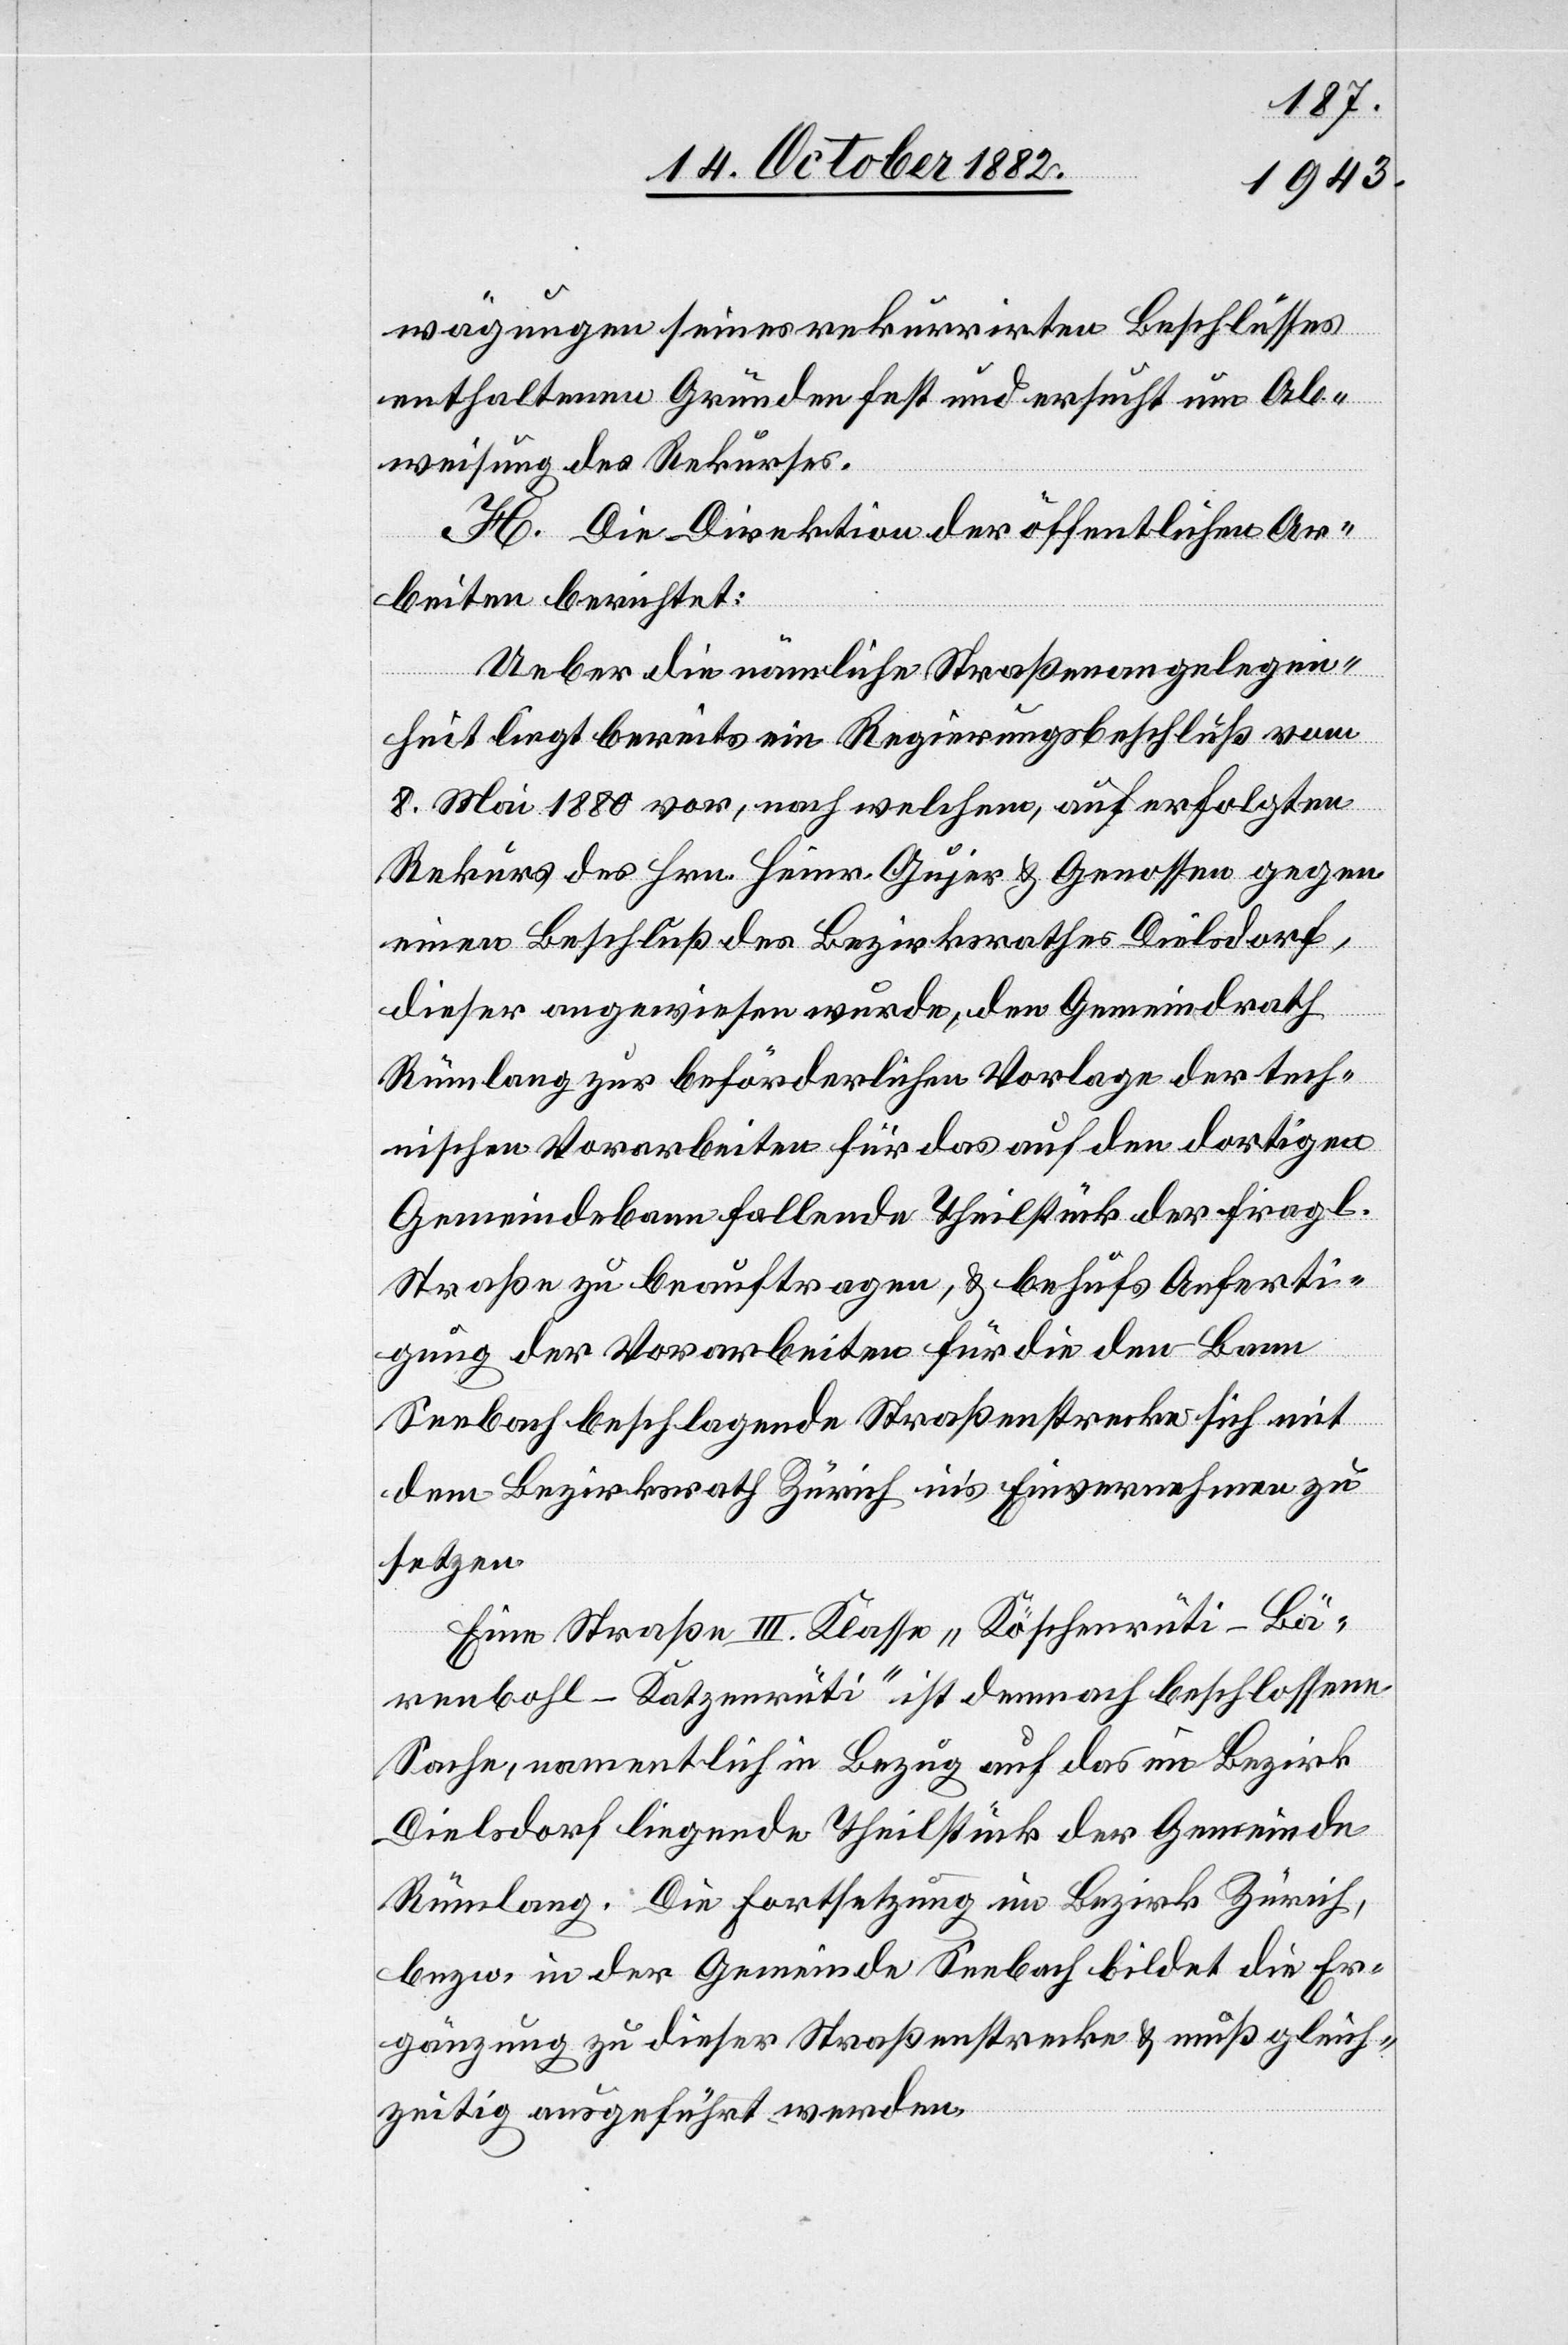
wägungen seines rekurrirten Beschlusses
enthaltenen Gründen fest und ersucht um Ab¬
weisung des Rekurses.
H. Die Direktion der öffentlichen Ar¬
beiten berichtet:
Ueber die nämliche Straßenangelegen¬
heit liegt bereits ein Regierungsbeschluß vom
8. Mai 1880 vor, nach welchem, auf erfolgten
Rekurs des Hrn. Heinr. Gujer & Genossen gegen
einen Beschluß des Bezirksrathes Dielsdorf,
dieser angewiesen wurde, den Gemeindrath
Rümlang zur beförderlichen Vorlage der tech¬
nischen Vorarbeiten für das auf den dortigen
Gemeindebann fallende Theilstück der fragl.
Straße zu beauftragen, & behufs Anferti¬
gung der Vorabreiten für die den Bann
Seebach beschlagende Straßenstrecke sich mit
dem Bezirksrath Zürich in’s Einvernehmen zu
setzen.
Eine Straße III. Klasse „Köschenrüti–Bä¬
renbohl–Katzenrüti“ ist demnach beschlossene
Sache, namentlich in Bezug auf das im Bezirk
Dielsdorf liegende Theilstück der Gemeinde
Rümlang. Die Fortsetzung im Bezirk Zürich,
bzw. in der Gemeinde Seebach bildet die Er¬
gänzung zu dieser Straßenstrecke & muß gleich¬
zeitig ausgeführt werden.